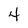
Character: 4